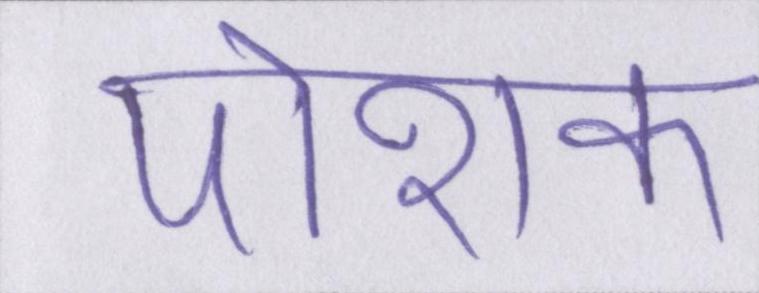
पोशक